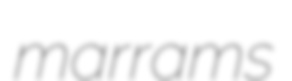
marrams